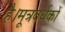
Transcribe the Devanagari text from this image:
है।मूत्रवर्धकों